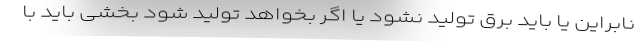
نابراین یا باید برق تولید نشود یا اگر بخواهد تولید شود بخشی باید با